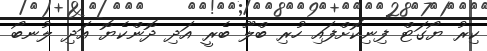
ކިރު ޔޯގަޓް ފިނިކޮށްފައި ހުރި ބްލޫ ބެރީ އަދި ދޮންކެޔޮ އަދި ލުނބޯ